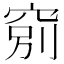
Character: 𥦂